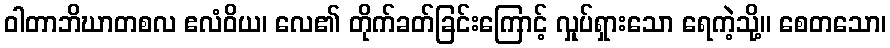
ဝါတာဘိဃာတစလ ဧလံဝိယ၊ လေ၏ တိုက်ခတ်ခြင်းကြောင့် လှုပ်ရှားသော ရေကဲ့သို့။ စေတသော၊